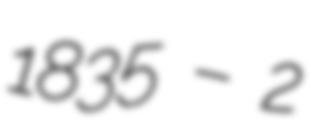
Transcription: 1835 – 2